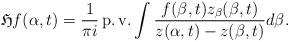
LaTeX: \begin{align*}\mathfrak{H}f(\alpha,t)=\frac 1{\pi i}\operatorname{p.v.}\int \frac {f(\beta,t)z_\beta(\beta,t)}{z(\alpha,t)-z(\beta,t)}d\beta.\end{align*}